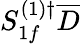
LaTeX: S_{1f}^{(1)\dagger}\overline{{D}}